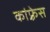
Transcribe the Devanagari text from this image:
कांफ़्रेस